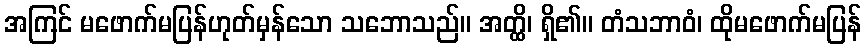
အကြင် မဖောက်မပြန်ဟုတ်မှန်သော သဘောသည်။ အတ္ထိ၊ ရှိ၏။ တံသဘာဝံ၊ ထိုမဖောက်မပြန်